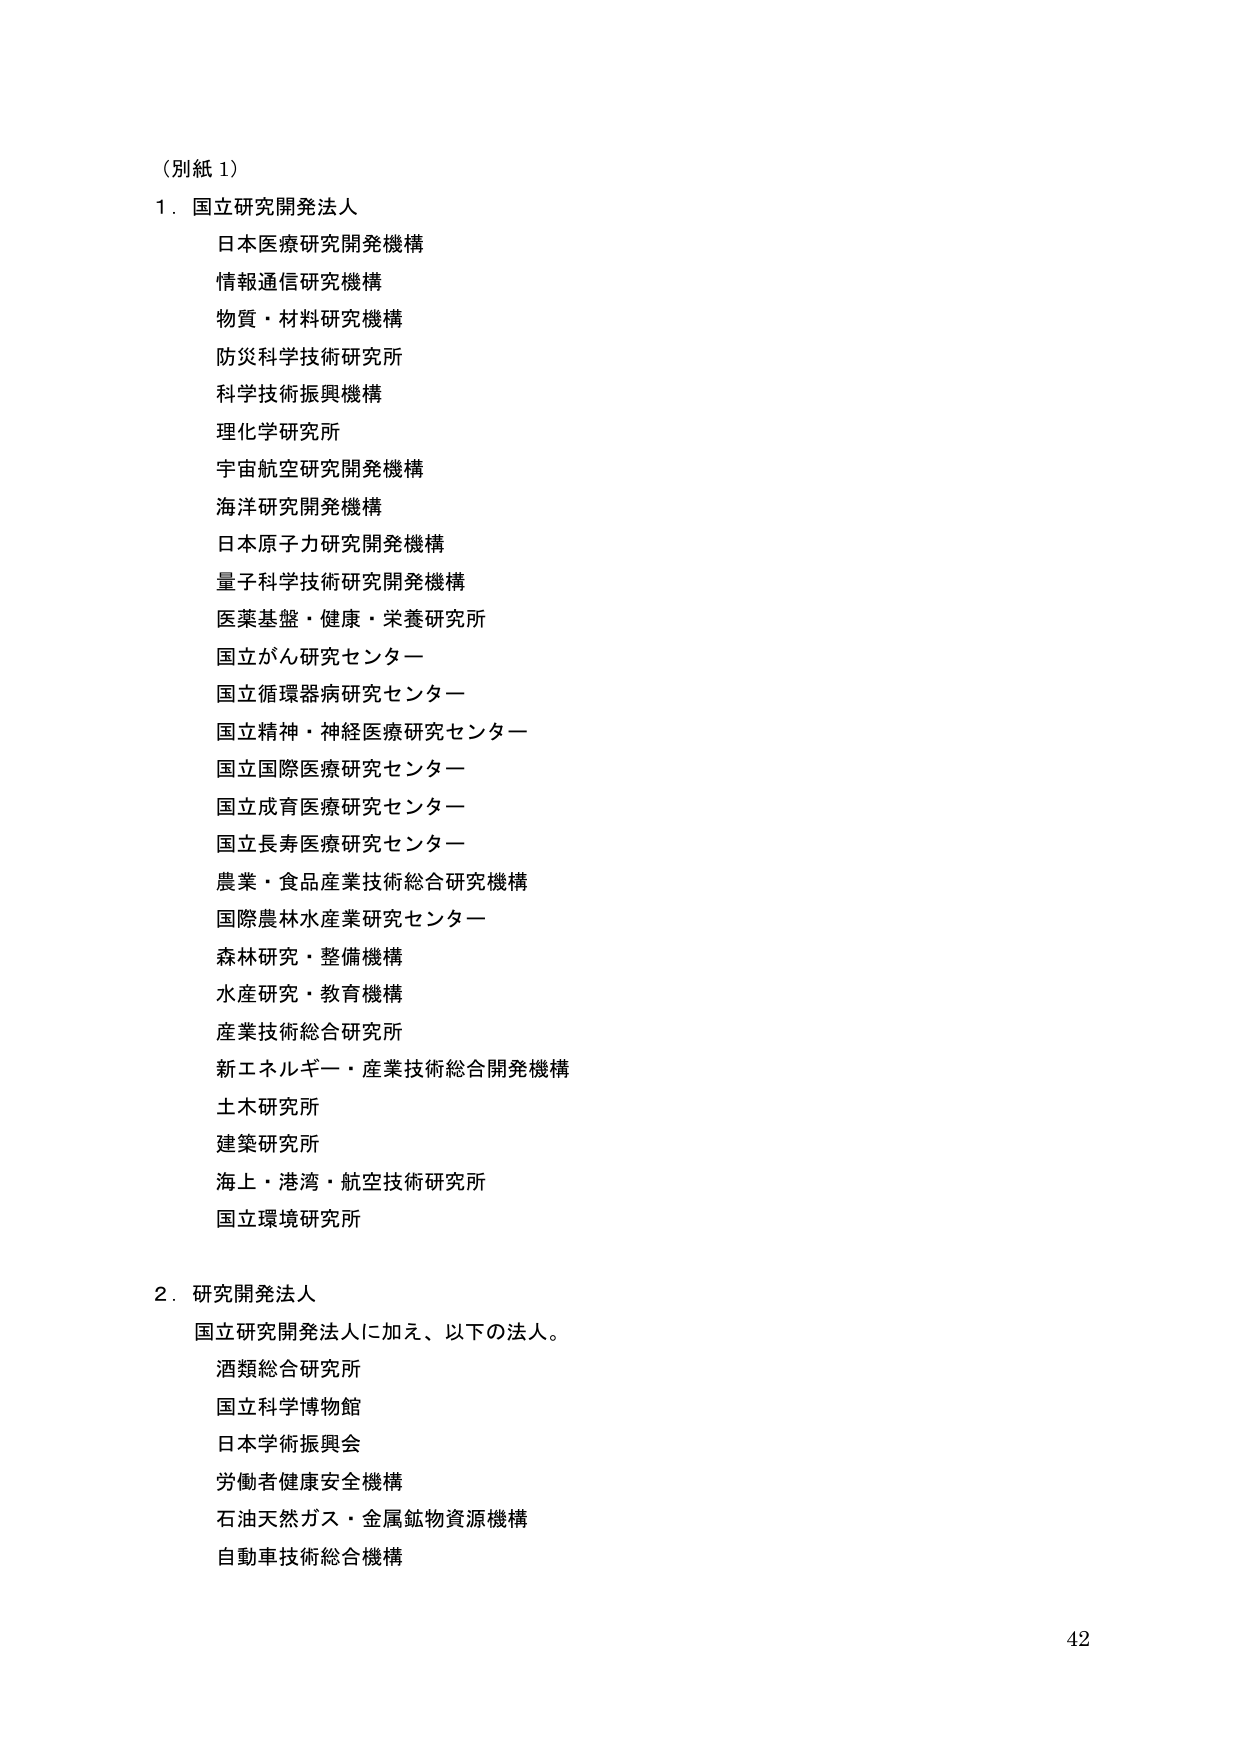
（別紙 1）

1．国立研究開発法人
　日本医療研究開発機構
　情報通信研究機構
　物質・材料研究機構
　防災科学技術研究所
　科学技術振興機構
　理化学研究所
　宇宙航空研究開発機構
　海洋研究開発機構
　日本原子力研究開発機構
　量子科学技術研究開発機構
　医薬基盤・健康・栄養研究所
　国立がん研究センター
　国立循環器病研究センター
　国立精神・神経医療研究センター
　国立国際医療研究センター
　国立成育医療研究センター
　国立長寿医療研究センター
　農業・食品産業技術総合研究機構
　国際農林水産業研究センター
　森林研究・整備機構
　水産研究・教育機構
　産業技術総合研究所
　新エネルギー・産業技術総合開発機構
　土木研究所
　建築研究所
　海上・港湾・航空技術研究所
　国立環境研究所

2．研究開発法人
　国立研究開発法人に加え、以下の法人。
　酒類総合研究所
　国立科学博物館
　日本学術振興会
　労働者健康安全機構
　石油天然ガス・金属鉱物資源機構
　自動車技術総合機構

42